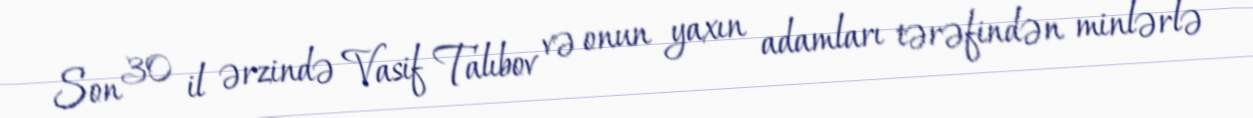
Son 30 il ərzində Vasif Talıbov və onun yaxın adamları tərəfindən minlərlə